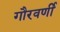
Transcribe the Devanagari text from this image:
गौरवर्णी